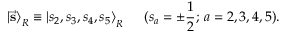
{ \vert \vec { \bf s } \rangle } _ { R } \equiv { \vert s _ { 2 } , s _ { 3 } , s _ { 4 } , s _ { 5 } \rangle } _ { R } \, \, \, \, \, \, \, \, \, ( s _ { a } = \pm \frac { 1 } { 2 } ; \, a = 2 , 3 , 4 , 5 ) .